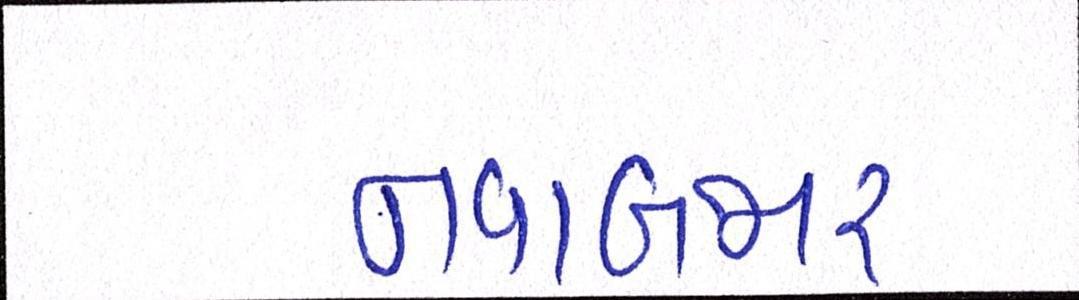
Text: નવાબજાર